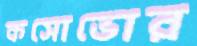
কসোভোর